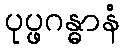
ပုပ္ဖဂန္ဓာနံ